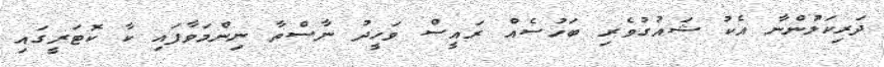
ދަރިކަލުންނާ އެކު ޝައުގުވެރި ބަހުސެއް ރައީސް ވަހީދު ނާސްތާ ނިންމަވާފައި ކާ ކޮޓަރީގައި